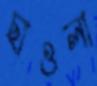
ছাওলা